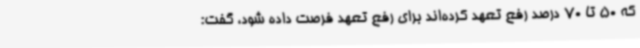
که 50 تا 70 درصد رفع تعهد کرده‌اند برای رفع تعهد فرصت داده شود، گفت: